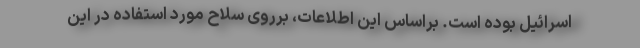
اسرائیل بوده است. براساس این اطلاعات، برروی سلاح مورد استفاده در این